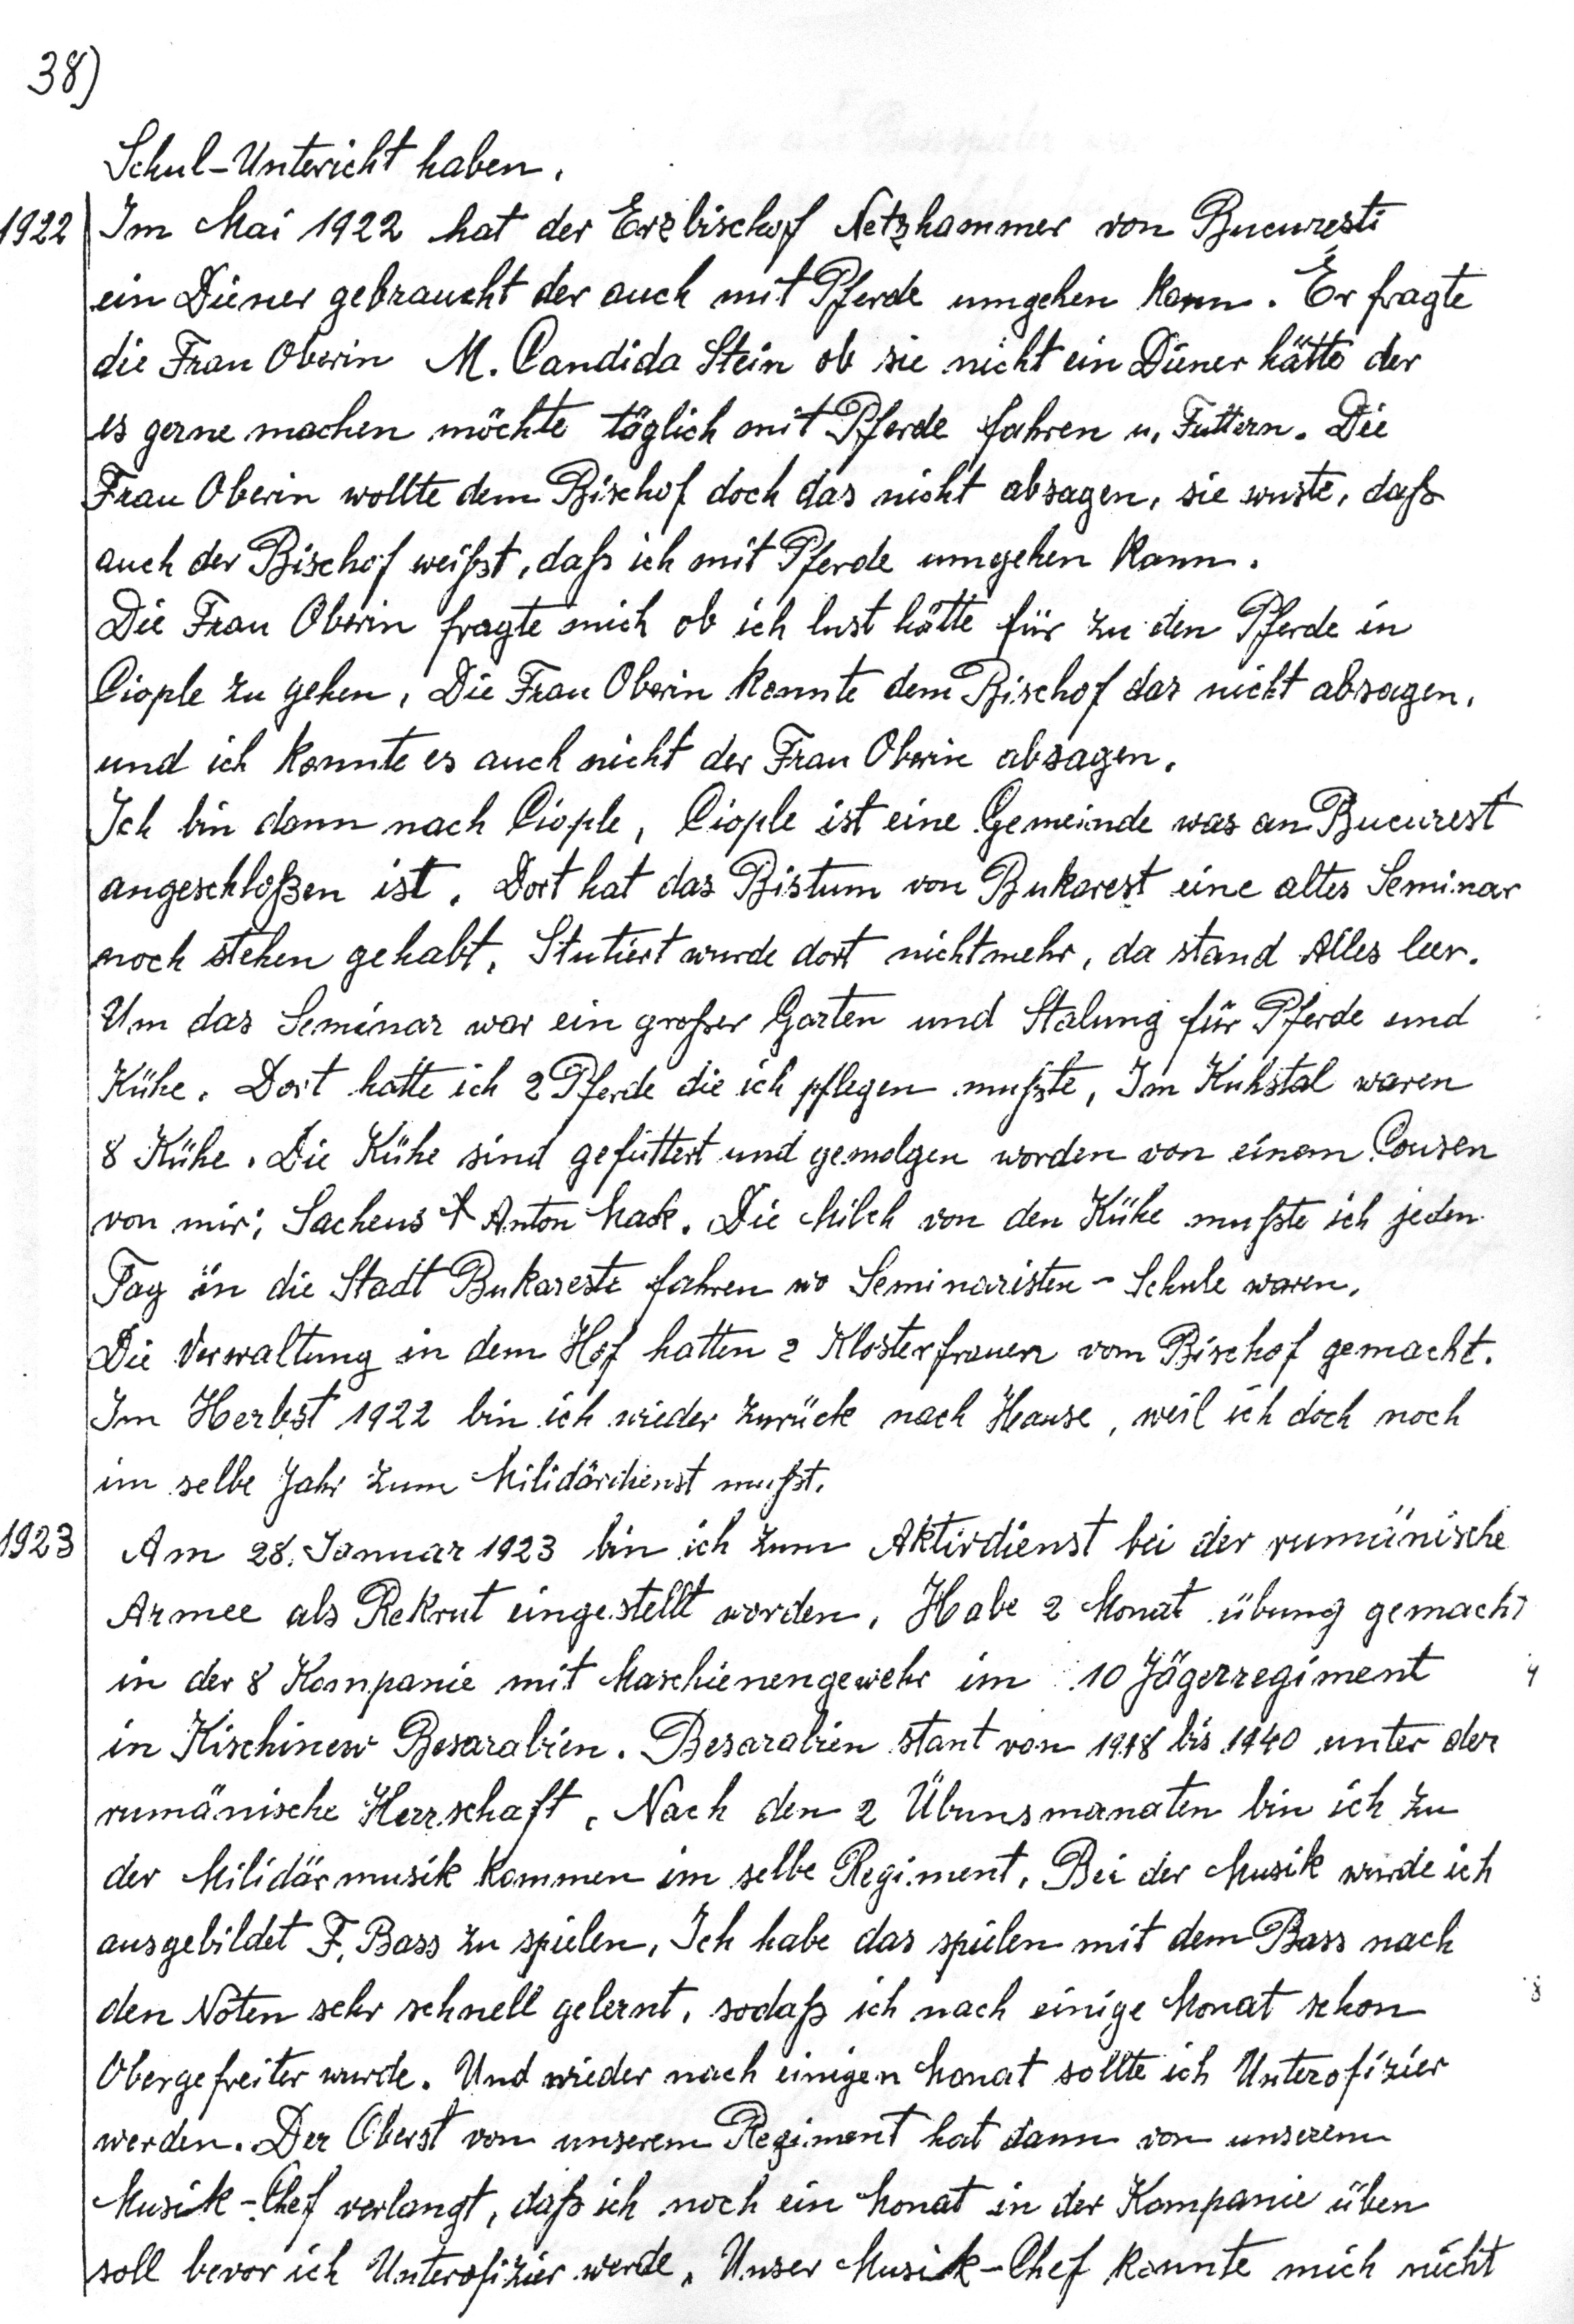
38)
1922

Schul-Unterricht haben.
Im Mai 1922 hat der Erzbischof Netzhammer von Bucuresti
einen Diener gebraucht der auch mit Pferde umgehen kann. Er fragte
die Frau Oberin M. Candida Stein ob sie nicht ein Diener hätte der
es gerne machen möchtetäglich mit Pferde fahren u. Füttern. Die
Frau Oberin wollte dem Bischof doch das nicht absagen, sue wußte, daß
auch der Bischofweißt, daß ich mit Pferde umgehen kann.
Die Frau Oberin fragte mich ob ich lust hätte für zu den Pferde in
Piople zu gehen. Die Frau Oberin konnte dem Bischof das nicht absagen.
und ich konnte es auch nicht der Frau Oberin absagen.
Ich bin dann nach Ciople. Ciople ist eine Gemeinde was an Bucurest
angeschloßen ist. Dort hat das Bistumvon Bukarest eine altes Seminar
noch stehen gehabt. Stutiert wurde dort nicht mehr, da stand Alles leer.
Um das Seminar war ein großer Garten und Stalung für Pferde und
Kühe. Dort hatte ich 2 Pferde die ich pflegen mußte. Im Kuhstal waren
8 Kühe. Die Kühe sind gefüttert und gemolgen worden von einem Cousen
von mir : Lachens f Anton Mack. Die Milch von den Kühe mußte ich jeden
Tag in die Stadt Bukaresti fahren wo Seminaritsen - Schule waren.
Die Verwaltung in dem Hof hatten 2 Klosterfrauen vom Bishof gemacht.
Im Herbst 1922 bin ich wider zurück nach hause, weil ich doch noch
im selben jahr zum Militärdienst mußt.
Am 29. Januar 1923 bin ich zum Aktivdienst bei der rumänische
Armee als Rekrut eingestellt worden. Habe 2 Monat übung gemacht
in der 8 Kompanie mit Maschienengewehr im 10 Jägerregiment
in Kischinew Besarabien. Besarabien stant von 1918 bis 1940 unter der
rumänische Herrschaft. Nach den 2 Übungsmonaten bin ich zu
der Militärmusik kommen im selbe Regiment. Bei der Musik wurde ich
ausgebildet F. Bass zu spielen.Ich habe das spielen mit dem Bass nach
den Noten sehr schnell gelernt, sodaß ich nach einige Monat schon
Obergefreiter wurde. Und wieder nach einige Monat sollte ich Unterofizier
werden. Der Oberst von unserem Regiment hat dann von unserem
Musik-Chef verlangt, daß ich noch ein Monat in der Kompanie üben
soll bevor ich Unterofizier werde. Unser Musik-Chef konnte mich nicht